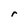
Character: r